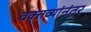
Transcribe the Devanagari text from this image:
वक्तव्यांनंतर